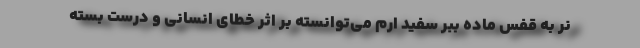
نر به قفس ماده ببر سفید ارم می‌توانسته بر اثر خطای انسانی و درست بسته